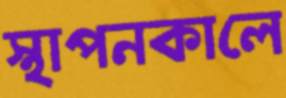
স্থাপনকালে